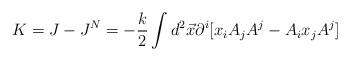
LaTeX: \begin{align*}K = J - J^{N} = - \frac{k}{2}\int d^{2}\vec{x} \partial^{i}[x_{i}A_{j}A^{j}- A_{i}x_{j}A^{j}]\end{align*}